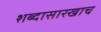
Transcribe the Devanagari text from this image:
शब्दासारखाच